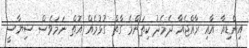
އިންޑިއާ އާއި ރާއްޖެއާ ދެމެދު ކިތަންމެ ގާތް ގުޅުމެއް އޮތް ނަމަވެސް ސިޔާސީ